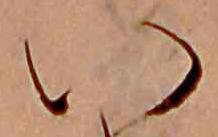
い